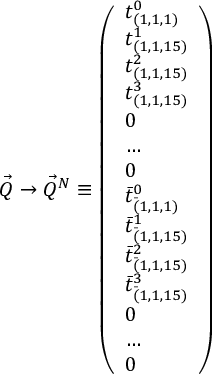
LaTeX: { \vec { Q } } \rightarrow { \vec { Q } } ^ { N } \equiv \left( \begin{array} { l } { { t _ { ( 1 , 1 , 1 ) } ^ { 0 } } } \\ { { t _ { ( 1 , 1 , 1 5 ) } ^ { 1 } } } \\ { { t _ { ( 1 , 1 , 1 5 ) } ^ { 2 } } } \\ { { t _ { ( 1 , 1 , 1 5 ) } ^ { 3 } } } \\ { { 0 } } \\ { { \dots } } \\ { { 0 } } \\ { { { \bar { t } } _ { { \bar { ( } 1 , 1 , 1 ) } } ^ { 0 } } } \\ { { { \bar { t } } _ { { \bar { ( } 1 , 1 , 1 5 ) } } ^ { 1 } } } \\ { { { \bar { t } } _ { { \bar { ( } 1 , 1 , 1 5 ) } } ^ { 2 } } } \\ { { { \bar { t } } _ { { \bar { ( } 1 , 1 , 1 5 ) } } ^ { 3 } } } \\ { { 0 } } \\ { { \dots } } \\ { { 0 } } \end{array} \right)